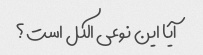
آیا این نوعی الکل است؟